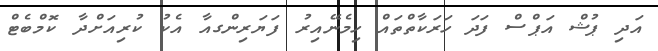
އަދި ޕުޝް އަޕްސް ފަދަ ހަރަކާތްތައް ހިމެނޭއިރު ފަޔަރިންގއާ އެކު ކުރިއަށްދާ ކޮމްބެޓް